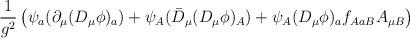
LaTeX: \begin{align*}\frac{1}{g^2}\left(\psi_a(\partial_\mu(D_\mu\phi)_a)+\psi_A(\bar{D}_\mu(D_\mu\phi)_A)+\psi_A(D_\mu\phi)_af_{AaB}A_{\mu B}\right)\end{align*}